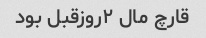
قارچ مال ۲روزقبل بود